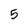
Character: 5